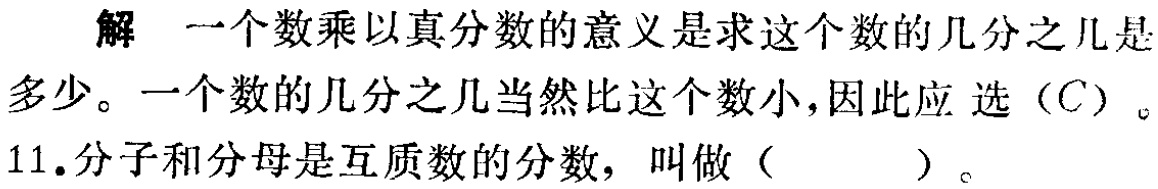
解 一个数乘以真分数的意义是求这个数的几分之几是

多少。一个数的几分之几当然比这个数小，因此应 选（C）。

11.分子和分母是互质数的分数， 叫做（  ）。